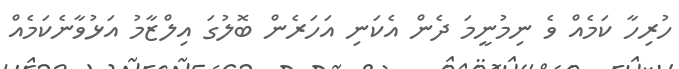
ހުރިހާ ކަމެއް ވެ ނިމުނީމަ ދެން އެކަނި އަހަރެން ބޮލުގަ އިލްޒާމު އަޅުވާނެކަމެއް